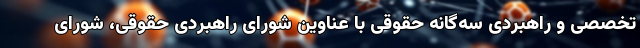
تخصصی و راهبردی سه‌گانه حقوقی با عناوین شورای راهبردی حقوقی، شورای